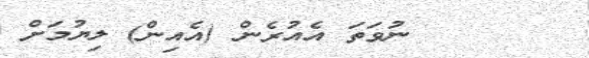
٤٧      ނުވަތަ އެއުރެން (އެއިން) ލިޔުމަށް